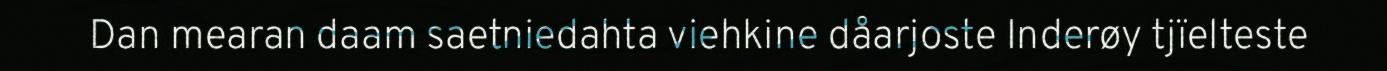
Dan mearan daam saetniedahta viehkine dåarjoste Inderøy tjïelteste